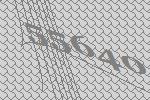
55640